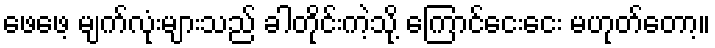
ဖေဖေ့ မျက်လုံးများသည် ခါတိုင်းကဲ့သို့ ကြောင်ငေးငေး မဟုတ်တော့။